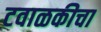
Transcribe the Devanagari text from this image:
टवाळकीचा